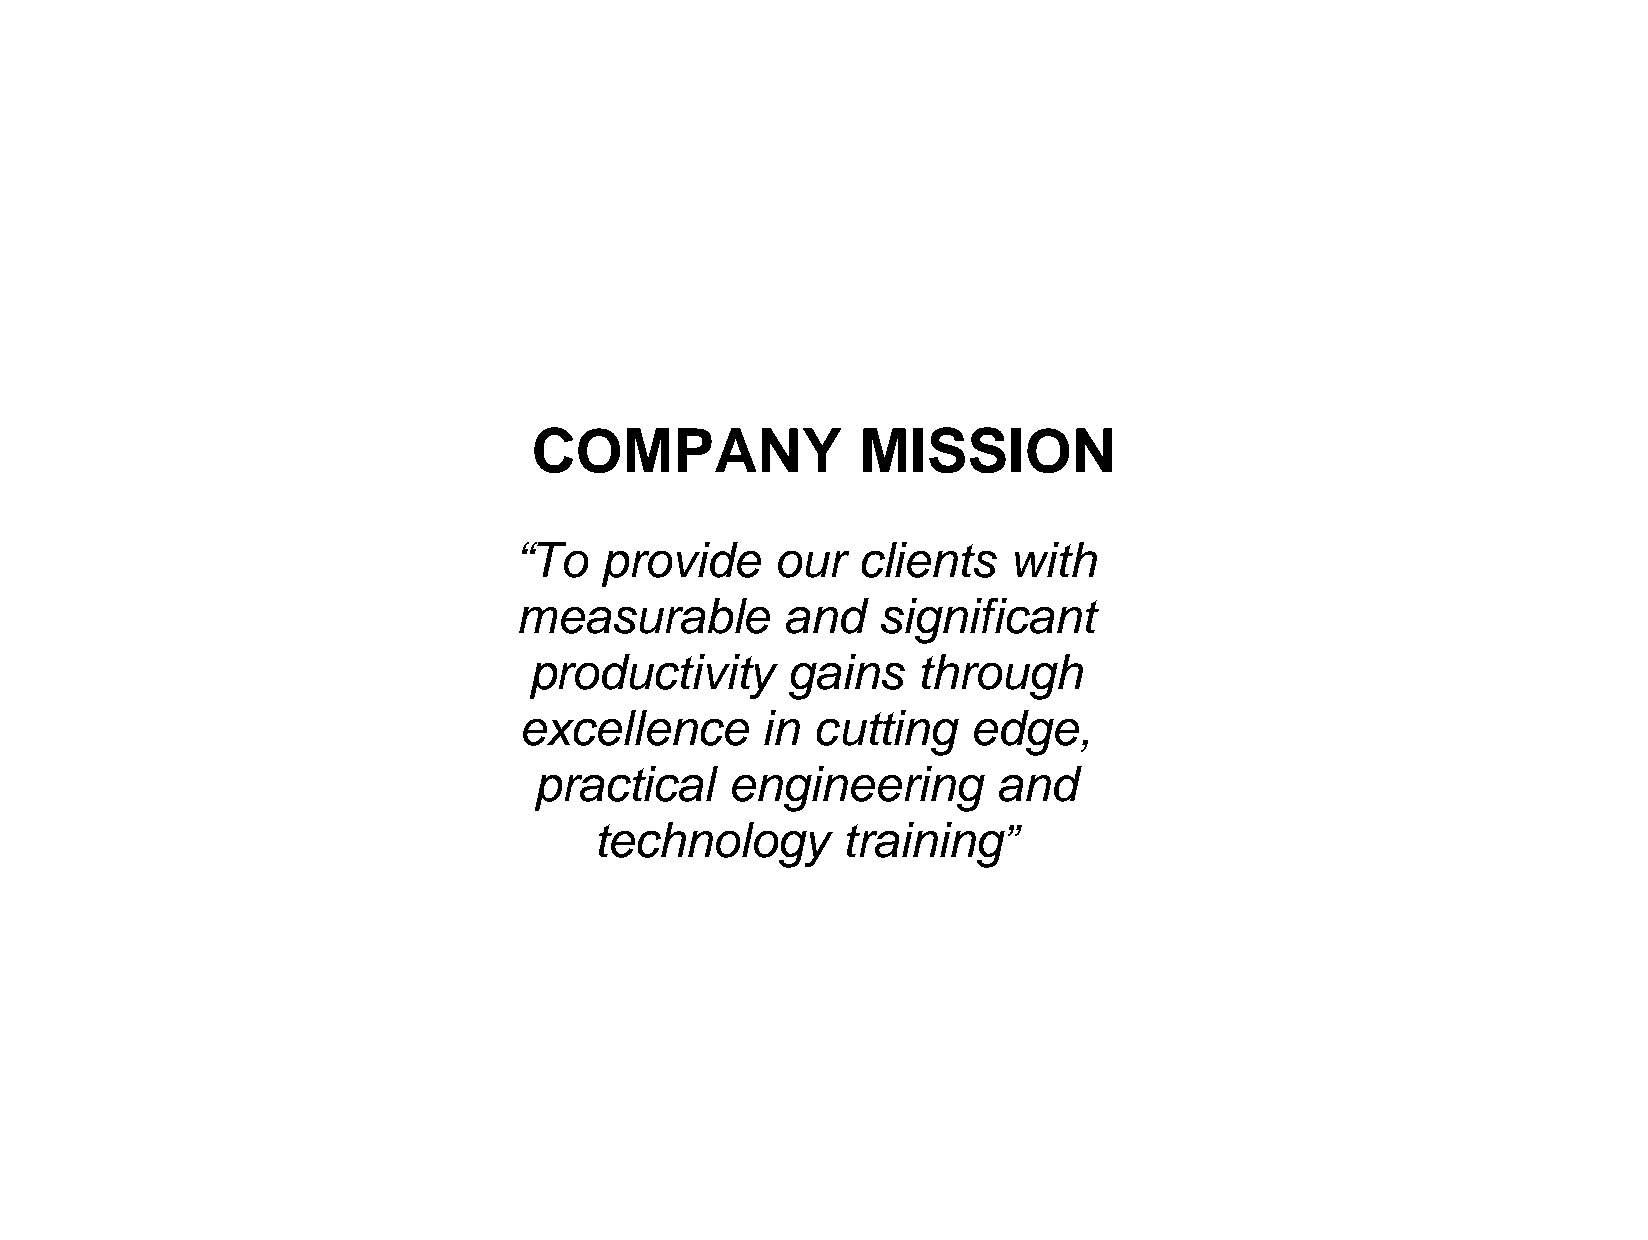
COMPANY               MISSION
 “To   provide    our   clients   with
 measurable        and   significant
 productivity     gains    through
 excellence      in  cutting   edge,
 practical    engineering       and
 technology       training”